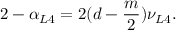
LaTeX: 2 - \alpha _ { L 4 } = 2 ( d - \frac { m } { 2 } ) \nu _ { L 4 } .